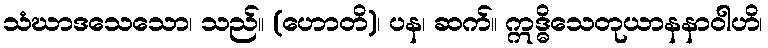
သံဃာဒသေသော၊ သည်။ (ဟောတိ)၊ ပန၊ ဆက်။ ဣဒ္ဓိသေတုယာနနာဝါဟိ၊